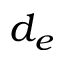
d _ { e }